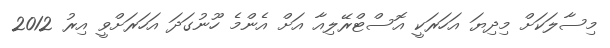
މިސާލަކަށް މިދިޔަ އަހަރަކީ އޮސްޓްރޭލިއާ އަށް އެންމެ ހޫނުގަދަ އަހަރަށްވީ އިރު 2012